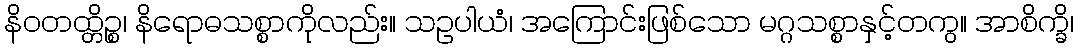
နိဝတထ္တိဉ္စ၊ နိရောဓသစ္စာကိုလည်း။ သဥပါယံ၊ အကြောင်းဖြစ်သော မဂ္ဂသစ္စာနှင့်တကွ။ အာစိက္ခိ၊